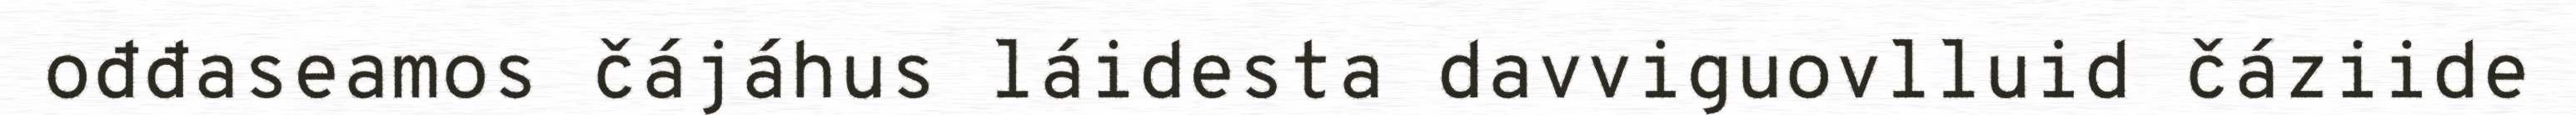
ođđaseamos čájáhus láidesta davviguovlluid čáziide